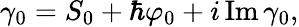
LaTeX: \gamma_{0}=S_{0}+\hbar\varphi_{0}+i\operatorname{Im}\gamma_{0},